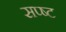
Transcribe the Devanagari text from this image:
सप्ष्ट